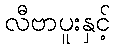
လီဗာပူးနှင့်